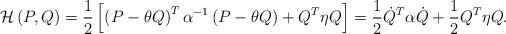
LaTeX: \begin{align*}\mathcal{H}\left( P,Q\right) =\frac{1}{2}\left[ \left( P-\theta Q\right)^{T}\alpha^{-1}\left( P-\theta Q\right) +Q^{T}\eta Q\right] =\frac{1}{2}\dot{Q}^{T}\alpha\dot{Q}+\frac{1}{2}Q^{T}\eta Q. \end{align*}